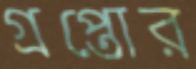
গ্রপ্তোর